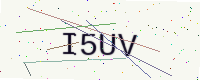
Text: I5UV